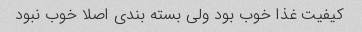
کیفیت غذا خوب بود ولی بسته بندی اصلا خوب نبود